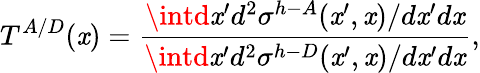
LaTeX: T^{A/D}(\mathit{x})=\frac{{\intd\mathit{x}^{\prime}d^{2}\sigma^{h-A}(\mathit{x}^{\prime},\mathit{x})/d\mathit{x}^{\prime}d\mathit{x}}}{{\intd\mathit{x}^{\prime}d^{2}\sigma^{h-D}(\mathit{x}^{\prime},\mathit{x})/d\mathit{x}^{\prime}d\mathit{x}}},